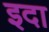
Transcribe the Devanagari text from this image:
इदा